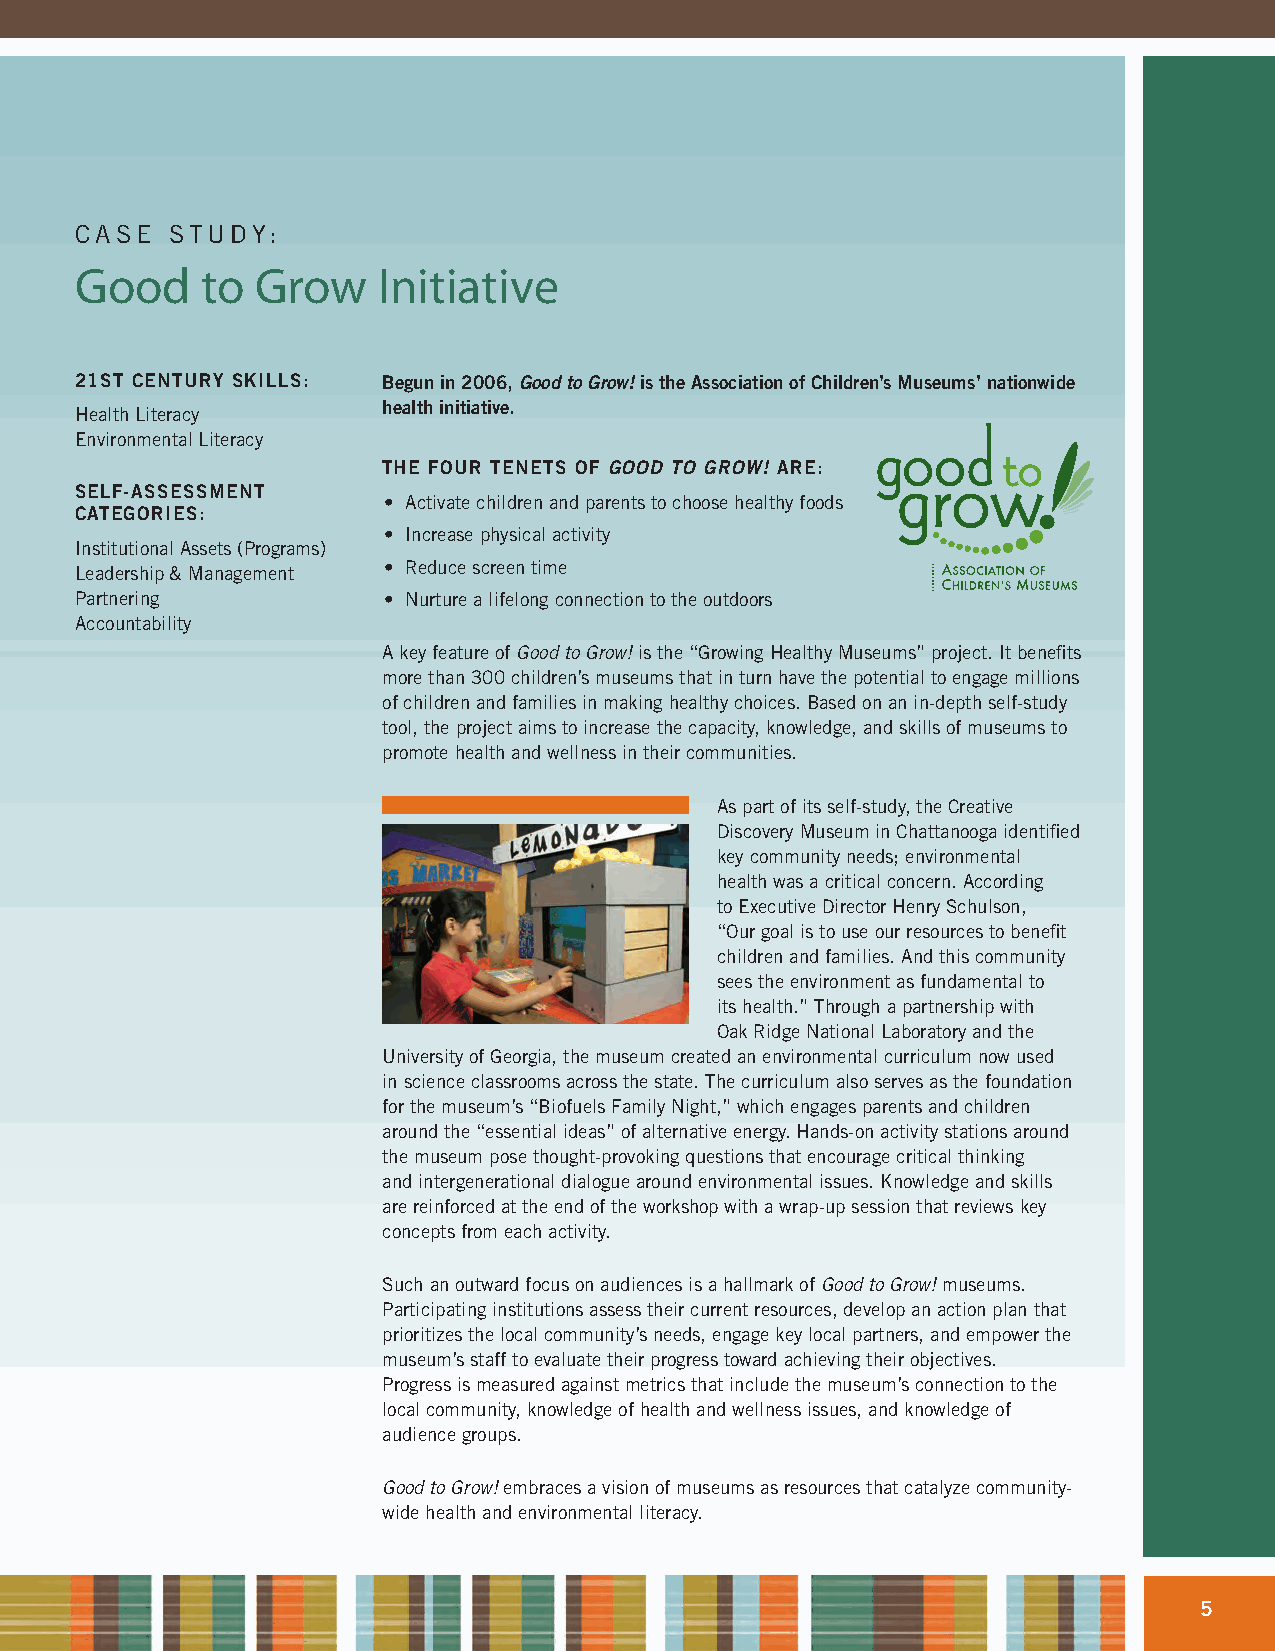
CASE  STUDY:
 Good    to  Grow    Initiative
 21ST CENTURY SKILLS: Begun in 2006, Good to Grow! is the Association of Children’s Museums’ nationwide
 health initiative.
 Health Literacy
 Environmental Literacy
 THE FOUR TENETS OF GOOD TO GROW! ARE:
 SELF-ASSESSMENT
 • Activate children and parents to choose healthy foods
 CATEGORIES:
 • Increase physical activity
 Institutional Assets (Programs)
 • Reduce screen time
 Leadership & Management
 Partnering          • Nurture a lifelong connection to the outdoors
 Accountability
 A key feature of Good to Grow! is the “Growing Healthy Museums” project. It benefits
 more than 300 children’s museums that in turn have the potential to engage millions
 of children and families in making healthy choices. Based on an in-depth self-study
 tool, the project aims to increase the capacity, knowledge, and skills of museums to
 promote health and wellness in their communities.
 As part of its self-study, the Creative
 Discovery Museum in Chattanooga identified
 key community needs; environmental
 health was a critical concern. According
 to Executive Director Henry Schulson,
 “Our goal is to use our resources to benefit
 children and families. And this community
 sees the environment as fundamental to
 its health.” Through a partnership with
 Oak Ridge National Laboratory and the
 University of Georgia, the museum created an environmental curriculum now used
 in science classrooms across the state. The curriculum also serves as the foundation
 for the museum’s “Biofuels Family Night,” which engages parents and children
 around the “essential ideas” of alternative energy. Hands-on activity stations around
 the museum pose thought-provoking questions that encourage critical thinking
 and intergenerational dialogue around environmental issues. Knowledge and skills
 are reinforced at the end of the workshop with a wrap-up session that reviews key
 concepts from each activity.
 Such an outward focus on audiences is a hallmark of Good to Grow! museums.
 Participating institutions assess their current resources, develop an action plan that
 prioritizes the local community’s needs, engage key local partners, and empower the
 museum’s staff to evaluate their progress toward achieving their objectives.
 Progress is measured against metrics that include the museum’s connection to the
 local community, knowledge of health and wellness issues, and knowledge of
 audience groups.
 Good to Grow! embraces a vision of museums as resources that catalyze community-
 wide health and environmental literacy.
 5